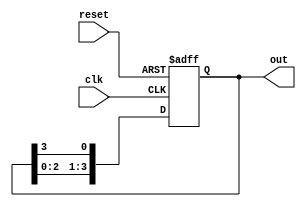
module ring_counter (
    input wire clk,        // Clock signal
    input wire reset,      // Reset signal
    output reg [3:0] out   // 4-bit output
);

    // Initial state
    initial begin
        out = 4'b1000; // Initialize to 1000
    end

    // Synchronous process
    always @(posedge clk or posedge reset) begin
        if (reset) begin
            out <= 4'b1000; // Reset to initial state
        end else begin
            // Shift the '1' to the right
            out <= {out[2:0], out[3]}; // Feedback from the last flip-flop
        end
    end

endmodule